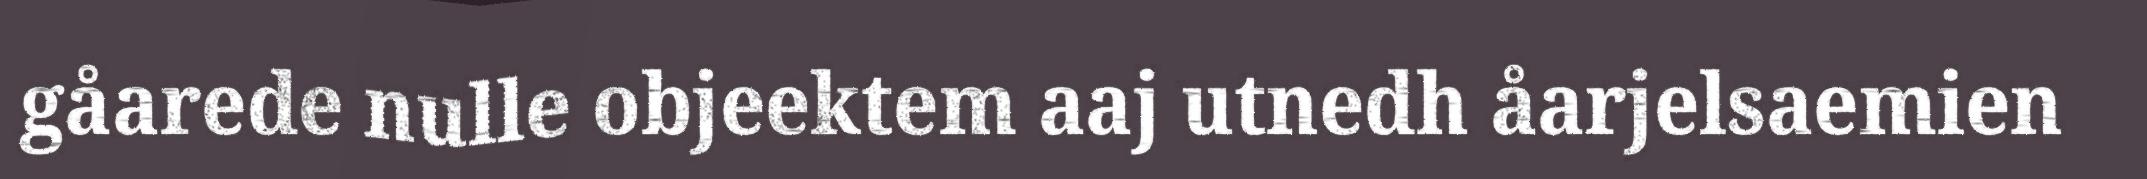
gåarede nulle objeektem aaj utnedh åarjelsaemien